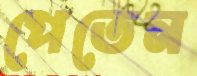
পেতেন